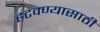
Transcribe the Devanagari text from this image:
हटवण्यासाठी